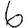
Digit: 6